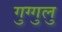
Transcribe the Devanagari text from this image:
गुग्गुलु